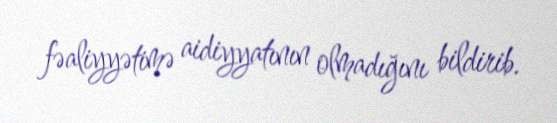
fəaliyyətimə aidiyyatının olmadığını bildirib.